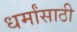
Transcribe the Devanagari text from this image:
धर्मांसाठी